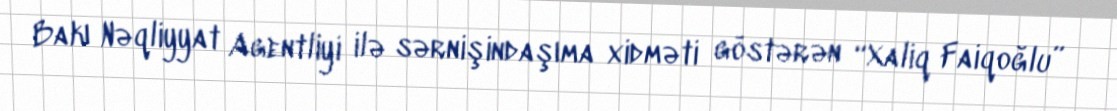
Bakı Nəqliyyat Agentliyi ilə sərnişindaşıma xidməti göstərən “Xaliq Faiqoğlu”